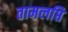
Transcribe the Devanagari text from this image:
तामलप्ति